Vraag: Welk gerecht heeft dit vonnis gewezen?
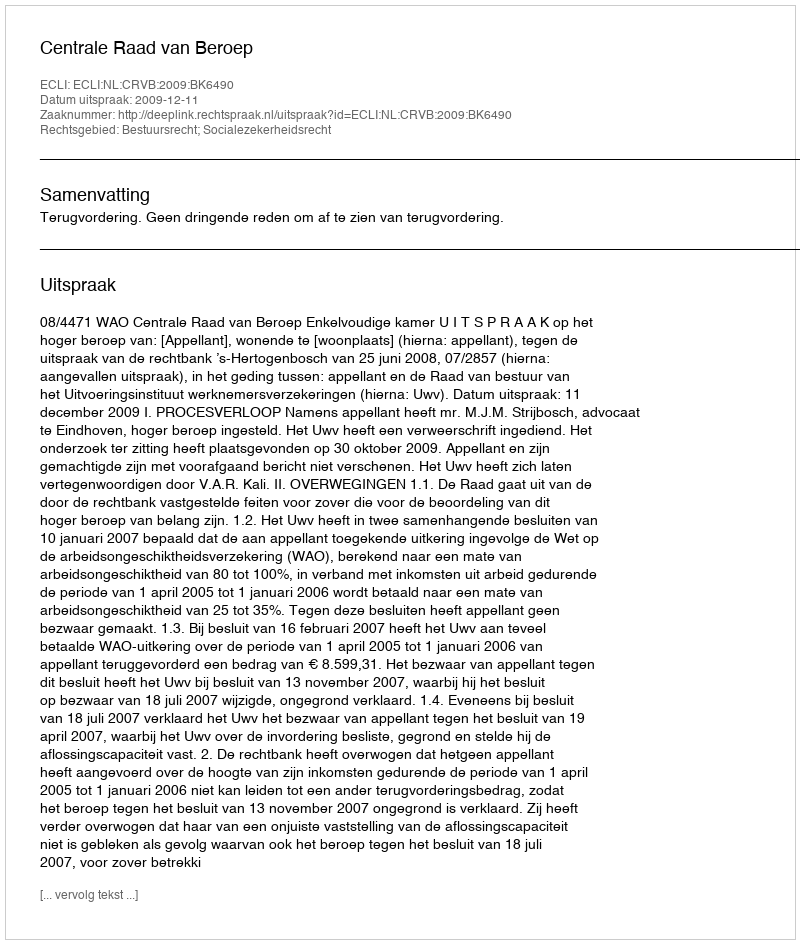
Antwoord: Centrale Raad van Beroep